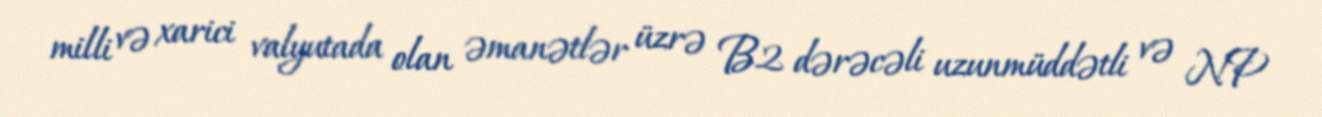
milli və xarici valyutada olan əmanətlər üzrə B2 dərəcəli uzunmüddətli və NP